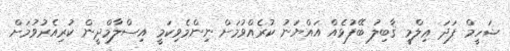
ޝަހީމް ފަދަ ޢިލްމީ ޤާބިލު ބޭފުޅެއް އައްޔަނު ކުރެއްވުމަށް ނިންމެވިކަމީ އިސްލާމްދީން ކުރިއެރުވުމަށް